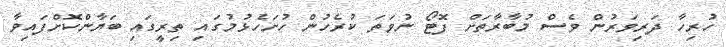
ހުރިހާ ދަރިވަރުން ވެސް މުބާރާތަށް ފޮޓޯ ނުވަތަ ކުރެހުން ހުށަހެޅުމުގައި ތިރީގައި ބަޔާންކޮށްފައިވާ